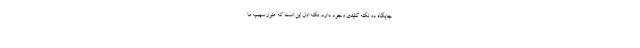
جایگاه دو نکته کلیدی وجود دارد. نکته اول این است که هنوز سهمیه ما